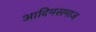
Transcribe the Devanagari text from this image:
आदिमसमाज